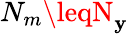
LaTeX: N_{m}\leqN_{\mathbf{y}}